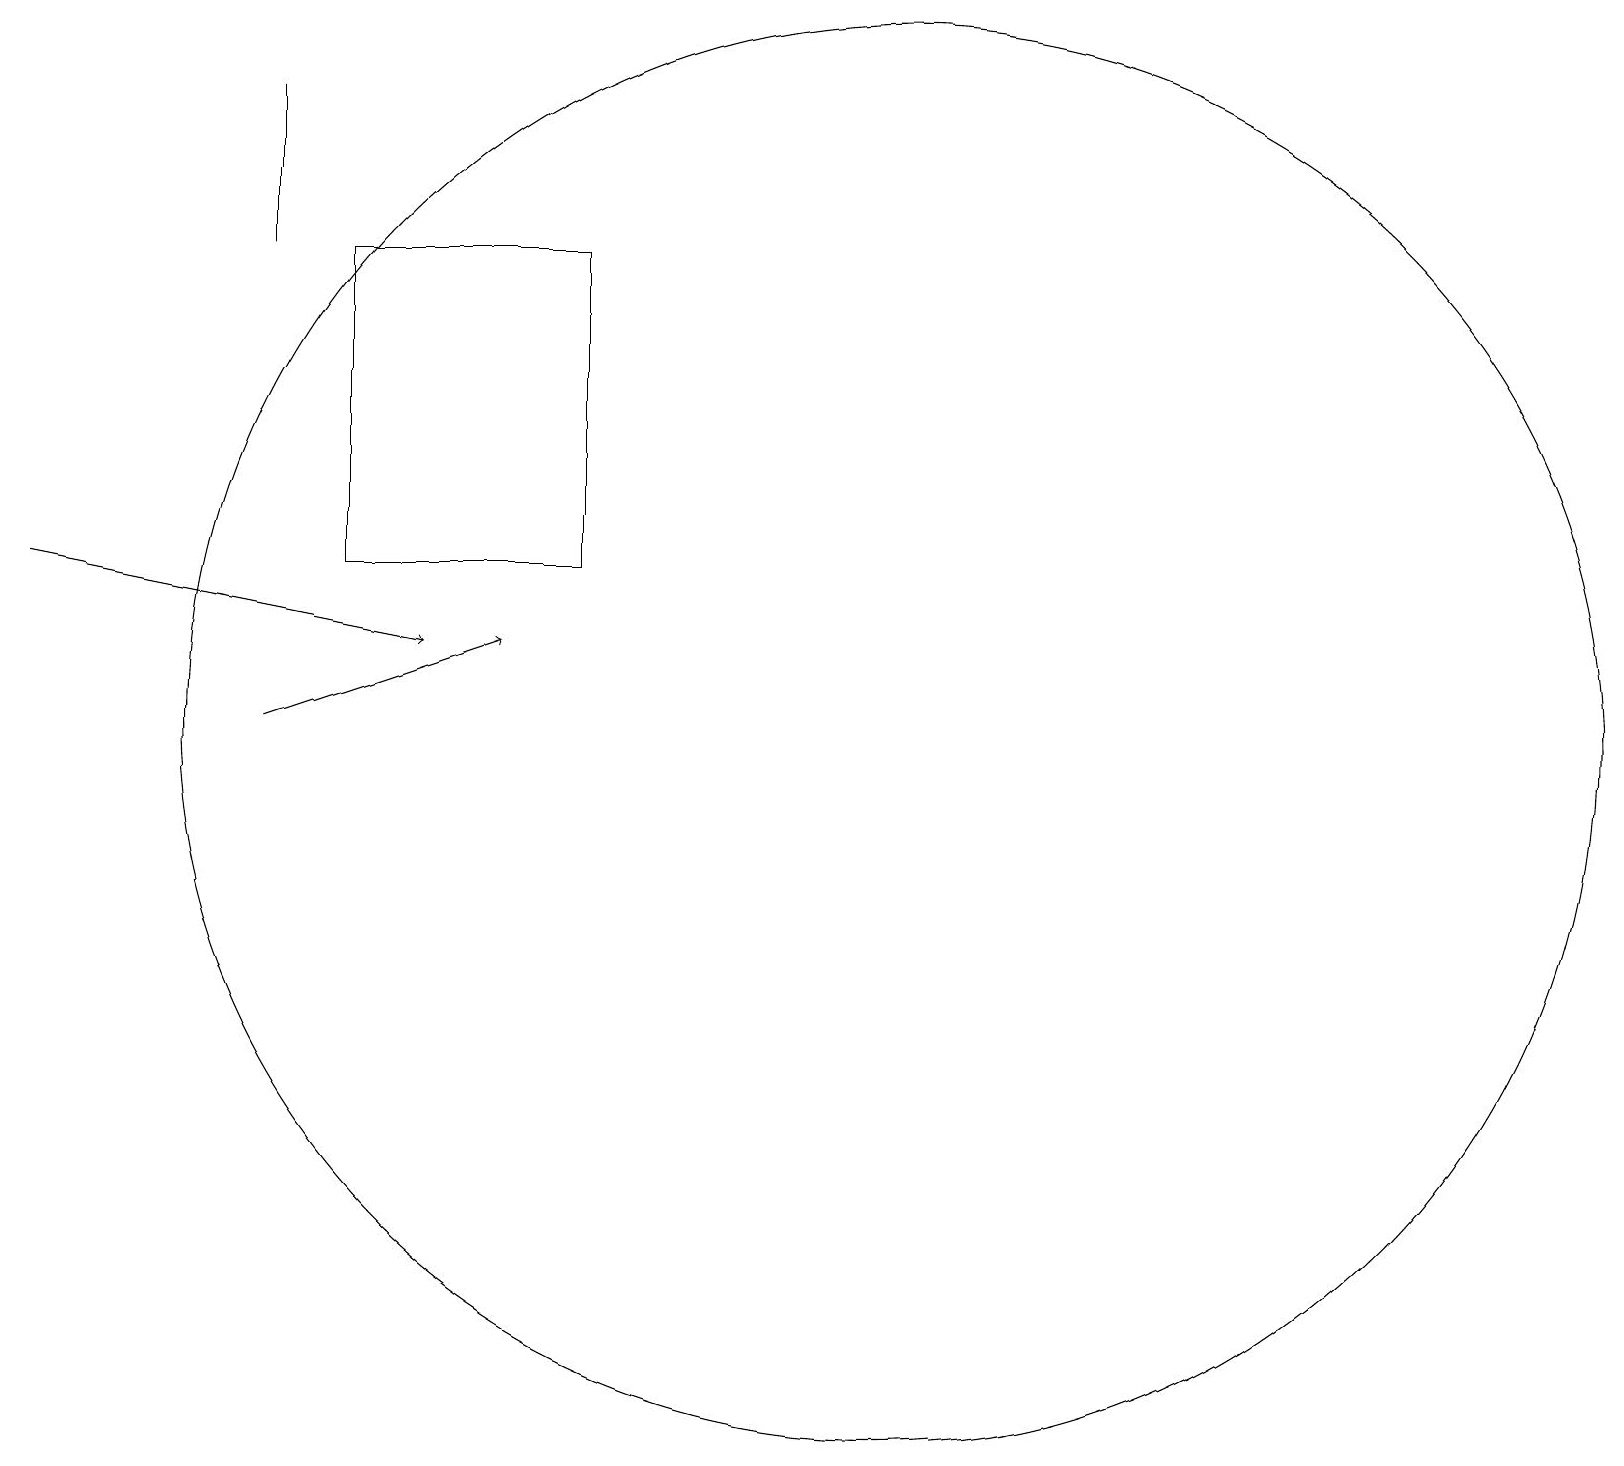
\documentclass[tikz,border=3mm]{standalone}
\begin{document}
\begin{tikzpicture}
\draw[->] (0,13) -- (5,12);
\draw[->] (3,11) -- (6,12);
\draw (11,11) circle (9);
\draw (4,17) rectangle (7,13);
\draw (3,17) rectangle (3,19);
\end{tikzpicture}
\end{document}